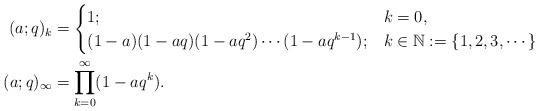
LaTeX: \begin{align*}(a;q)_k & =\begin{cases}1;~&k=0,\\ (1-a)(1-aq)(1-aq^2)\cdots(1-aq^{k-1}) ; & k\in \mathbb{N}:=\{1,2,3,\cdots\}\end{cases}\\\ (a;q)_{\infty}&=\prod_{k=0}^{\infty}(1-aq^k).\end{align*}